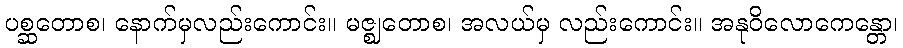
ပစ္ဆတောစ၊ နောက်မှလည်းကောင်း။ မဇ္ဈတောစ၊ အလယ်မှ လည်းကောင်း။ အနုဝိလောကေန္တော၊